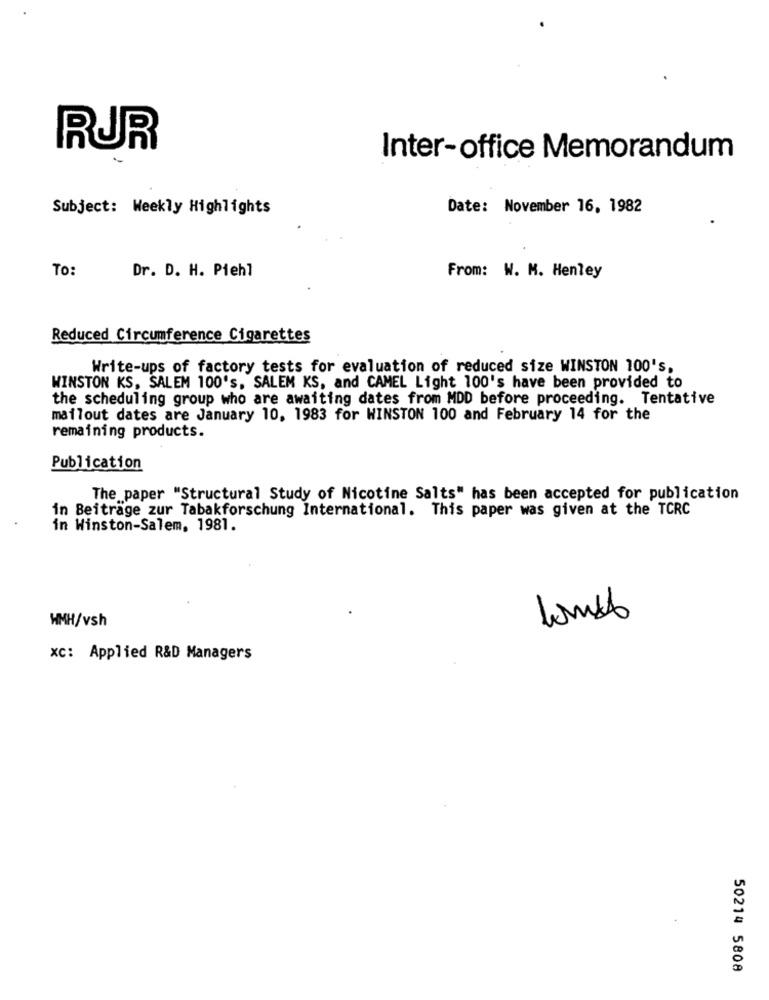
RUR
Inter-office Memorandum
Subject: Weekly Highlights
Date: November 16, 1982
To:
Dr. D. H. Piehl
From: W. M. Henley
Reduced Circumference Cigarettes
Write-ups of factory tests for evaluation of reduced size WINSTON 100's,
WINSTON KS, SALEM 100's, SALEM KS, and CAMEL Light 100's have been provided to
the scheduling group who are awaiting dates from MDD before proceeding. Tentative
mailout dates are January 10, 1983 for WINSTON 100 and February 14 for the
remaining products.
Publication
The paper "Structural Study of Nicotine Salts" has been accepted for publication
in Beiträge zur Tabakforschung International. This paper was given at the TCRC
in Winston-Salem, 1981.
HMH/vsh
xc: Applied R&D Managers
50214 5808